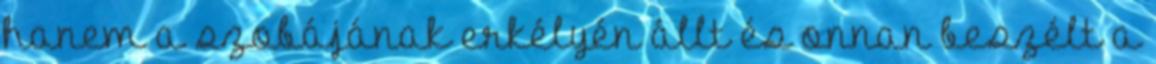
hanem a szobájának erkélyén állt és onnan beszélt a